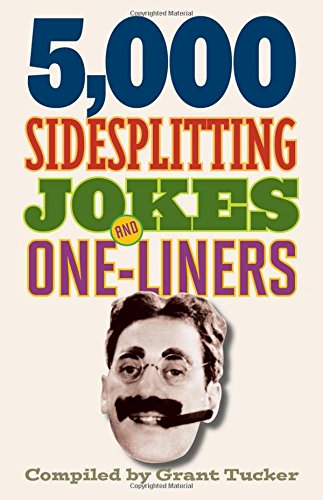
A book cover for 5,000 Sidesplitting Jokes and One-Liners; Humor & Entertainment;